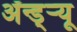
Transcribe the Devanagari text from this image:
ॲन्ड्र्‍यू